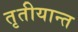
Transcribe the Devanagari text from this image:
तृतीयान्त